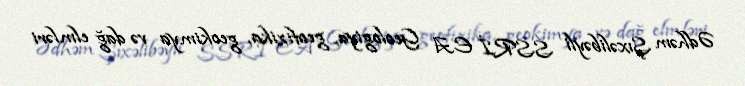
Ədhəm Şıxəlibəyli SSRİ EA Geologiya, geofizika, geokimya və dağ elmləri